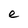
Character: e